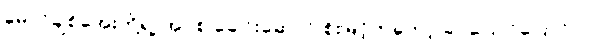
မောင်ချစ်အေးတို့ရဲ့ အုပ်စု ခေါင်းဆောင် စိုးမြင့်ကတော့ ခပ်ပြောင်ပြောင်ပဲ။